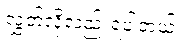
လွှတ်လို့လည်းရပါတယ်။